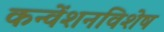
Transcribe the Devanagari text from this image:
कन्वेंशनविशेष